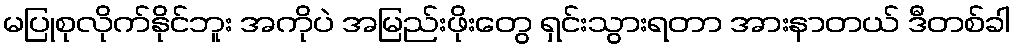
မပြုစုလိုက်နိုင်ဘူး အကိုပဲ အမြည်းဖိုးတွေ ရှင်းသွားရတာ အားနာတယ် ဒီတစ်ခါ